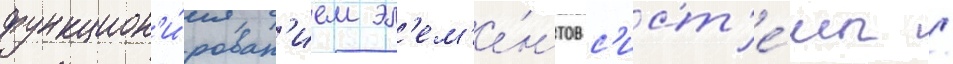
функцион'и́рован'ием эл'ем'е́нтов с'ист'е́мы /